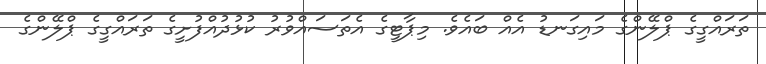
ތަރައްގީގެ ޕްލޭންގެ މައިގަނޑު އެއް ބައެވެ. މިޕާޓީގެ އެތަސައްވުރު ކުޅުދުއްފުށީގެ ތަރައްގީގެ ޕްލޭންގެ